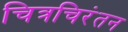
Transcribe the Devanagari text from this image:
चित्रचिरंतन